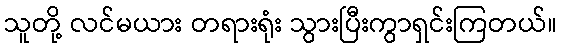
သူတို့ လင်မယား တရားရုံး သွားပြီးကွာရှင်းကြတယ်။